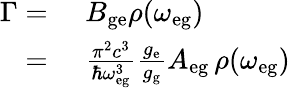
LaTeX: \begin{array}{rl}{\Gamma=}&{{}\, \, B_{\mathrm{ge}}\rho(\omega_{\mathrm{eg}})}\\ {=}&{{}\, \, \frac{\pi^{2}c^{3}}{\hbar\omega_{\mathrm{eg}}^{3}}\frac{g_{\mathrm{e}}}{g_{\mathrm{g}}}A_{\mathrm{eg}}\, \rho(\omega_{\mathrm{eg}})}\end{array}